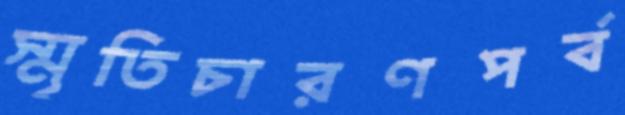
স্মৃতিচারণপর্ব